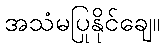
အသံမပြုနိုင်ချေ။